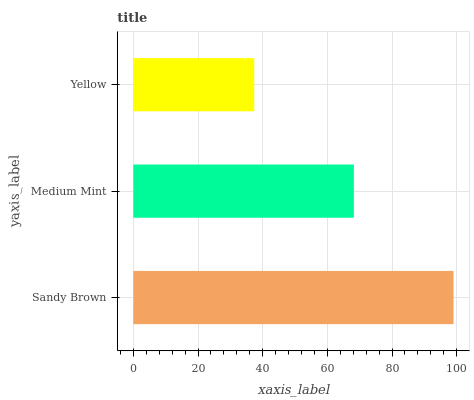
| yaxis_label | bars |
 | --- | --- |
 | Sandy Brown | 99 |
 | Medium Mint | 68.2 |
 | Yellow | 37.4 |